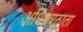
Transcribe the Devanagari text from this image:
अधिषश्ठाता